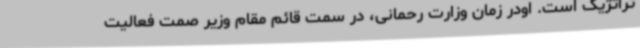
تراتژیک است. اودر زمان وزارت رحمانی، در سمت قائم مقام وزیر صمت فعالیت